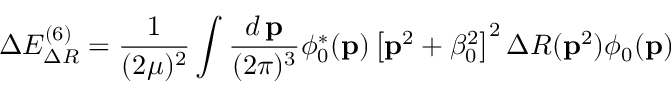
\Delta E _ { \Delta R } ^ { ( 6 ) } = \frac 1 { ( 2 \mu ) ^ { 2 } } \int \frac { d \, { \bf p } } { ( 2 \pi ) ^ { 3 } } \phi _ { 0 } ^ { * } ( { \bf p } ) \left[ { \bf p } ^ { 2 } + \beta _ { 0 } ^ { 2 } \right] ^ { 2 } \Delta R ( { \bf p } ^ { 2 } ) \phi _ { 0 } ( { \bf p } )